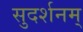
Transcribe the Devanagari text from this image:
सुदर्शनम्